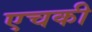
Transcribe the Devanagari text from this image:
एचकी